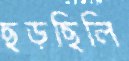
ছড়ছিলি